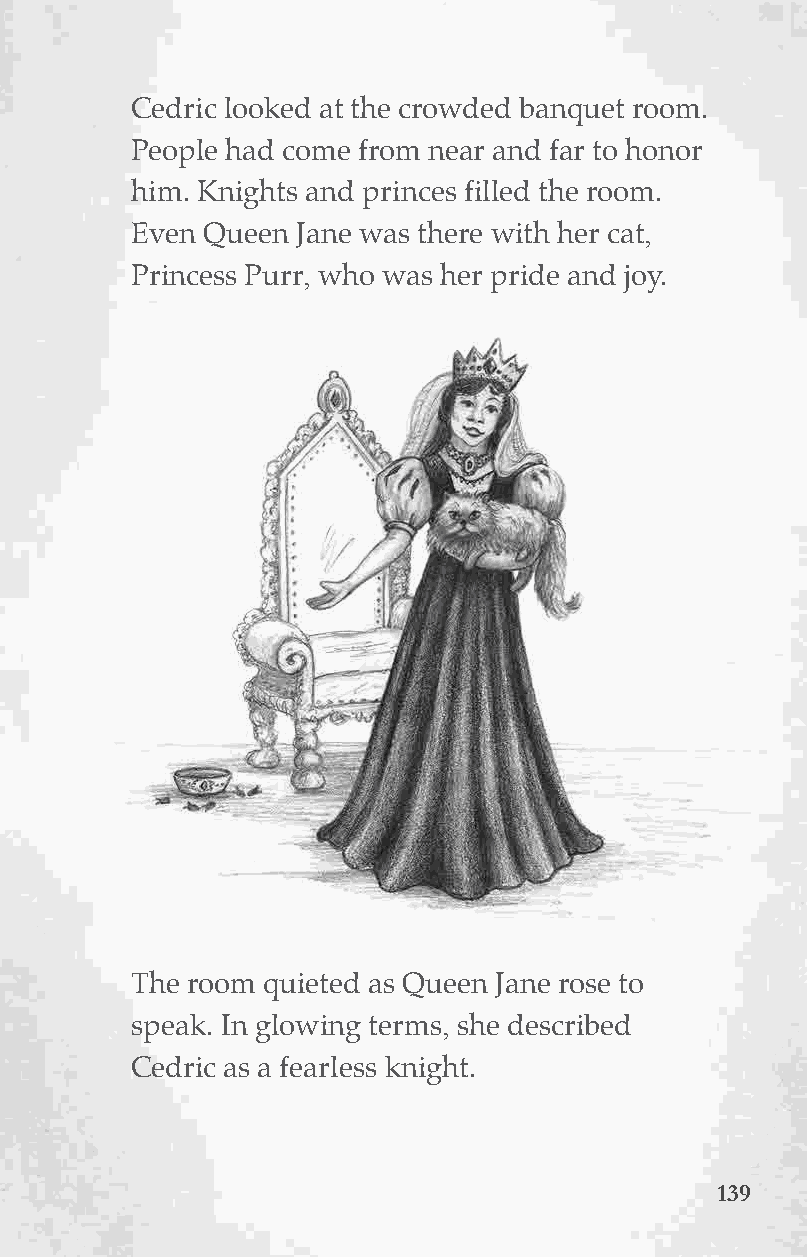
Cedric looked at the crowded banquet room.
 People had come from near and far to honor
 him. Knights and princes filled the room.
 Even Queen Jane was there with her cat,
 Princess Purr, who was her pride and joy.
 The room quieted as Queen Jane rose to
 This is Cobweb   the Cat.
 speak. In glowing terms, she described
 Cedric as a fearless knight.
 113399